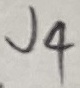
Text: J4